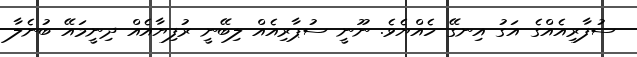
ސުފާރިއެއްގެ އަގު އިނގޭ ހެއްޔެވެ. ނޫނީ ސުޕާރިއެއް ލިބޭނީ ރުފިޔާއެެއް ދިނީމައޭ ބުނެލާ